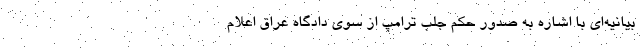
بیانیه‌ای با اشاره به صدور حکم جلب ترامپ از سوی دادگاه عراق اعلام